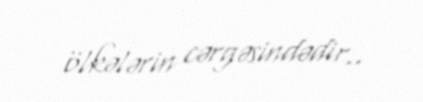
ölkələrin cərgəsindədir..